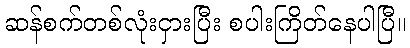
ဆန်စက်တစ်လုံးငှားပြီး စပါးကြိတ်နေပါပြီ။